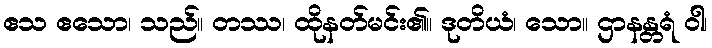
ဧသ ဧသော၊ သည်။ တဿ၊ ထိုနတ်မင်း၏။ ဒုတိယံ၊ သော။ ဌာနန္တရံ ဝါ၊